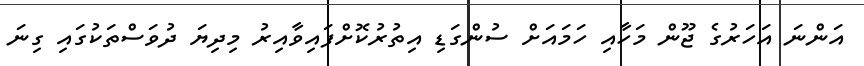
އަންނަ އަހަރުގެ ޖޫން މަހާއި ހަމައަށް ސުންގަޑި އިތުރުކޮށްފައިވާއިރު މިދިޔަ ދުވަސްތަކުގައި ގިނަ